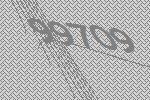
99709